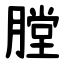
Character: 膛